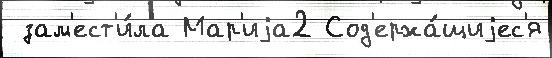
 зам'ест'и́ла Мар'иjа2 Сод'ержа́щиjес'я